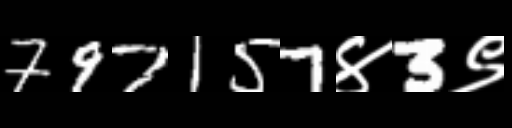
Text: 797157४3९